Civil Veterinary Dept. North-West Frontier Province 1901-22 - 1901-1922
Year: 1901
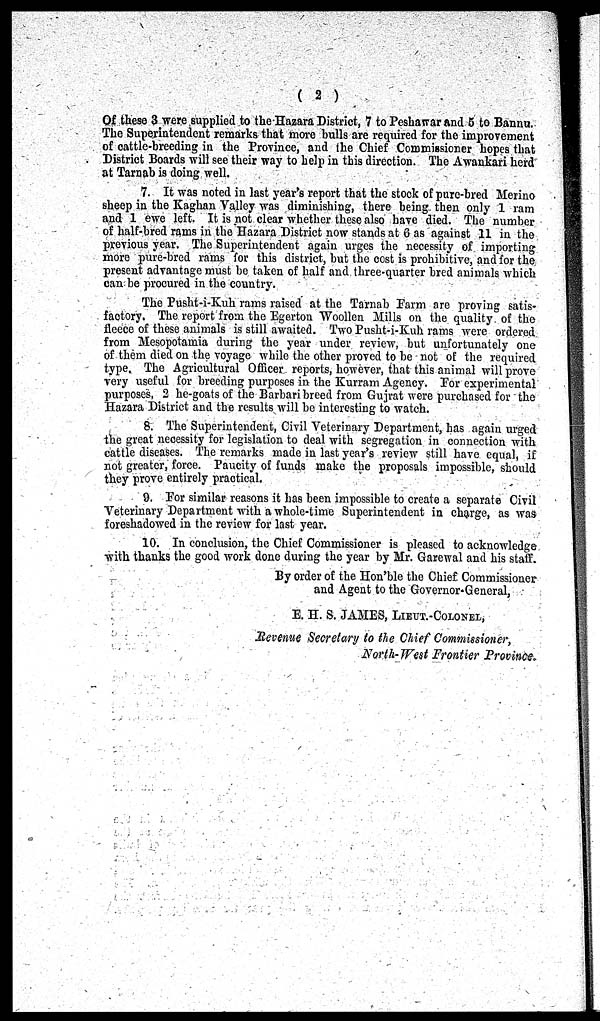
(2)
Of these 3 were supplied to the Hazara District, 7 to Peshawar and 5 to Bannu.
The Superintendent remarks that more bulls are required for the improvement
of cattle-breeding in the Province, and the Chief Commissioner hopes that
District Boards will see their way to help in this direction. The Awankari herd
at Tarnab is doing well.
7. It was noted in last year's report that the stock of pure-bred Merino
sheep in the Kaghan Valley was diminishing, there being then only 1 ram
and 1 ewe left. It is not clear whether these also have died. The number
of half-bred rams in the Hazara District now stands at 6 as against 11 in the
previous year. The Superintendent again urges the necessity of importing
more pure-bred rams for this district, but the cost is prohibitive, and for the
present advantage must be taken of half and three-quarter bred animals which
can be procured in the country.
The Pusht-i-Kuh rams raised at the Tarnab Farm are proving satis-
factory. The report from the Egerton Woollen Mills on the quality of the
fleece of these animals is still awaited. Two Pusht-i-Kuh rams were ordered
from Mesopotamia during the year under review, but unfortunately one
of them died on the voyage while the other proved to be not of the required
type, The Agricultural Officer reports, however, that this animal will prove
very useful for breeding purposes in the Kurram Agency. For experimental
purposes, 2 he-goats of the Barbari breed from Gujrat were purchased for the
Hazara District and the results will be interesting to watch.
8. The Superintendent , Civil Veterinary Department, has again urged
the great necessity for legislation to deal with segregation in connection with
cattle diseases. The remarks made in last year's review still have equal, if
not greater, force. Paucity of funds make the proposals impossible, should
they prove entirely practical.
9. For similar reasons it has been impossible to create a separate Civil
Veterinary Department with a whole-time Superintendent in charge, as was
foreshadowed in the review for last year.
10. In conclusion, the Chief Commissioner is pleased to acknowledge
with thanks the good work done during the year by Mr. Garewal and his staff.
By order of the Hon'ble the Chief Commissioner
and Agent to the Governor-General,
E. H. S. JAMES, LIEUT.-COLONEL,
Revenue Secretary to the Chief Commissioner,
North-West Frontier Province.